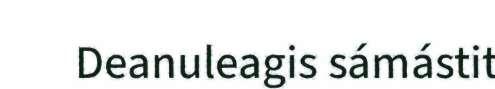
Deanuleagis sámástit